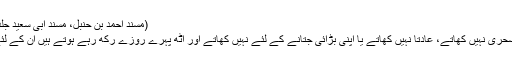
(مسند احمد بن حنبل، مسند ابی سعید جلد ۳ صفحہ ۴۵۷)
پھر بعض لوگ سحری نہیں کھاتے، عادتاً نہیں کھاتے یا اپنی بڑائی جتانے کے لئے نہیں کھاتے اور اٹھ پہرے روزے رکھ رہے ہوتے ہیں ان کے لئے بھی حکم ہے۔